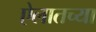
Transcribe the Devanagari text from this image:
ऐलातच्या